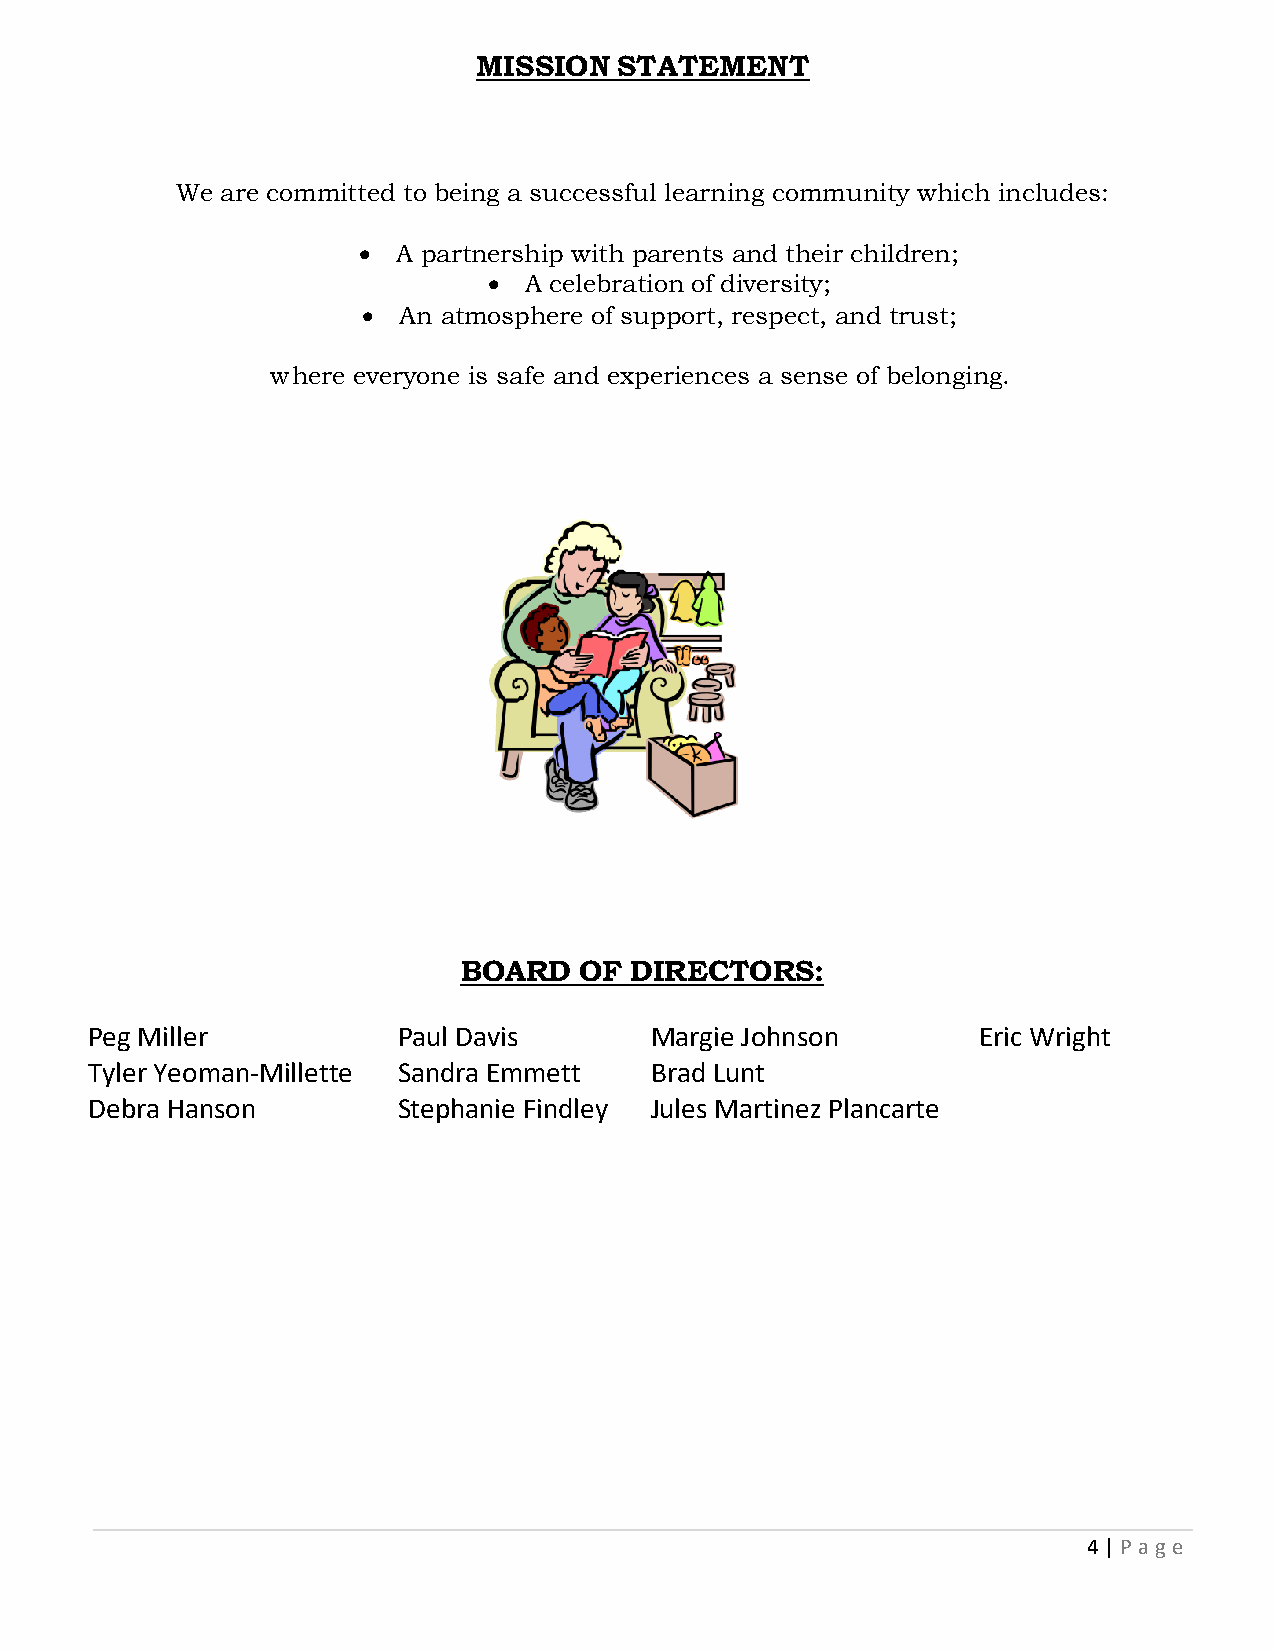
MISSION  STATEMENT
 We are committed to being a successful learning community which includes:
 • A partnership with parents and their children;
 •  A celebration of diversity;
 • An atmosphere of support, respect, and trust;
 where everyone is safe and experiences a sense of belonging.
 BOARD   OF  DIRECTORS:
 Peg Miller          Paul Davis       Margie Johnson        Eric Wright
 Tyler Yeoman-Millette Sandra Emmett  Brad Lunt
 Debra Hanson        Stephanie Findley Jules Martinez Plancarte
 4 | P age